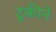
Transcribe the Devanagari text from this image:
टुकीने